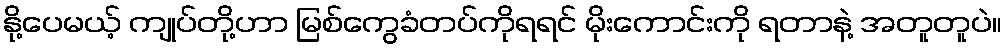
နို့ပေမယ့် ကျုပ်တို့ဟာ မြစ်ကွေခံတပ်ကိုရရင် မိုးကောင်းကို ရတာနဲ့ အတူတူပဲ။